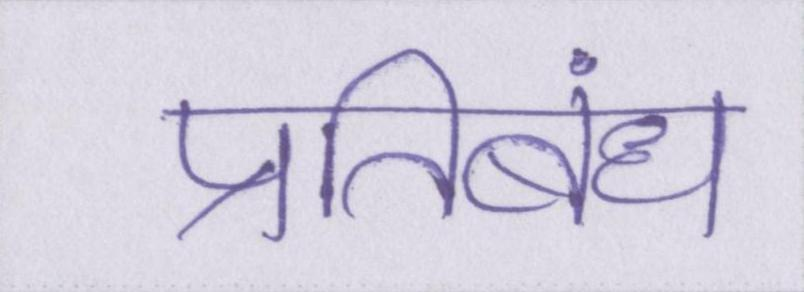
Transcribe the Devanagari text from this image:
प्रतिबंध